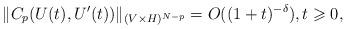
LaTeX: \begin{align*}\|C_p(U(t), U'(t))\|_{( V \times H )^{N-p} } = O( (1+ t)^{-\delta}), t\geqslant 0, \end{align*}